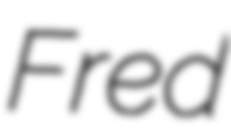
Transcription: Fred